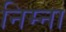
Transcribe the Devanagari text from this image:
निम्ना